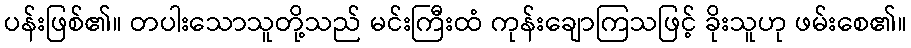
ပန်းဖြစ်၏။ တပါးသောသူတို့သည် မင်းကြီးထံ ကုန်းချောကြသဖြင့် ခိုးသူဟု ဖမ်းစေ၏။